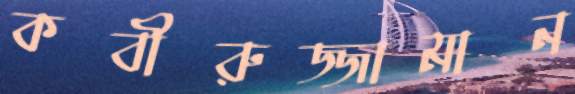
কবীরুজ্জামান